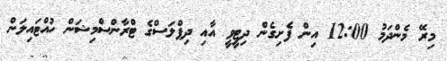
މިރޭ މެންދަމު 12:00 އިން ފެށިގެން ދިޓީވީ އާއި ދިޕްލަސްގެ ޓްރާންސްމިޝަން ހުއްޓައިލަން